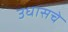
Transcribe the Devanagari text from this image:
उधासचे